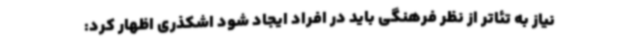
نیاز به تئاتر از نظر فرهنگی باید در افراد ایجاد شود اشکذری اظهار کرد: